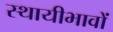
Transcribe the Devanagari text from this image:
स्थायीभावों